Vaccination Hyderabad 1872-1889 - 1872-1889
Year: 1872
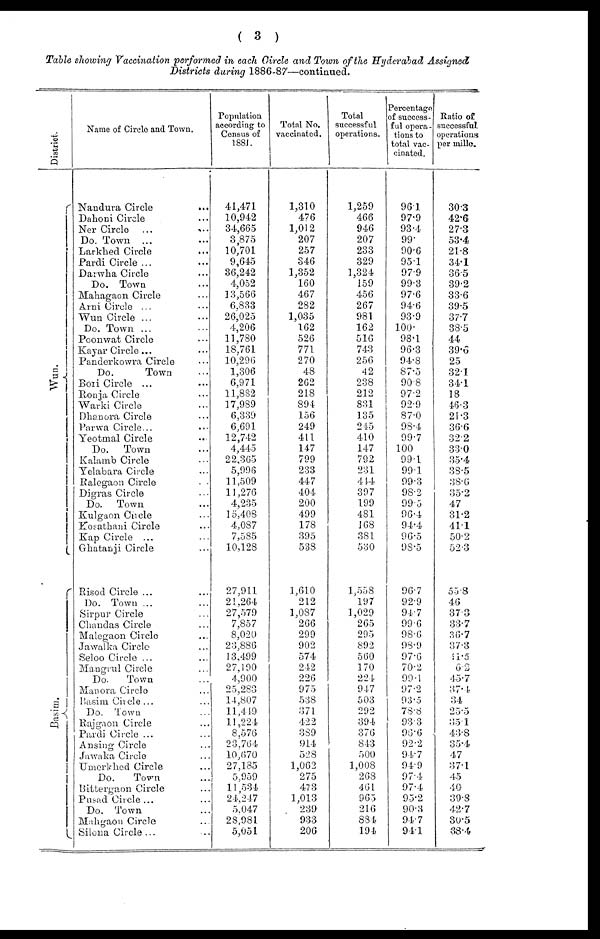
( 3 )
Table showing Vaccination performed in each Circle and Town of the Hyderabad Assigned
Districts during 1886-87—continued.
District.
Wun.
Basim.
Name of Circle and Town.
Nandura Circle
...
Dahoni Circle ...
Ner Circle
...
...
Do. Town ... ...
Larkhed Circle ...
Pardi Circle ... ...
Darwha Circle ...
Do. Town ...
Mahagaon Circle ...
Arni Circle ... ...
Wun Circle ... ...
Do. Town ... ...
Poonwat Circle ...
Kayar Circle... ...
Panderkowra Circle ...
Do.
Town ...
Bori Circle ... ...
Ronja Circle ...
Warki Circle ...
Dhanora Circle ...
Parwa Circle... ...
Yeotmal Circle ...
Do.
Town ...
Kalamb Circle ...
Yelabara Circle ...
Ralegaon Circle
...
Digras Circle ...
Do.
Town ...
Kulgaon Circle ...
Kosathani Circle ...
Kap Circle ... ...
Ghatanji Circle ...
Risod Circle ... ...
Do. Town ... ...
Sirpur Circle ...
Chandas Circle ...
Malegaon Circle ...
Jawalka Circle ...
Seloo Circle ... ...
Mangrul Circle ...
Do.
Town ...
Manora Circle ...
Basim Circle... ...
Do. Town ...
Rajgaon Circle ...
Pardi Circle ... ...
Ansing Circle ...
Jawaka Circle ...
Umerkhed Circle ...
Do.
Town ...
Bittergaon Circle ...
Pusad Circle ... ...
Do. Town ...
Mahgaon Circle ...
Silona Circle ... ...
Population
according to
Census of
1881.
41,471
10,942
34,665
3,875
10,701
9,645
36,242
4,052
13,566
6,833
26,025
4,206
11,780
18,761
10,296
1,306
6,971
11,882
17,989
6,339
6,691
12,742
4,445
22,365
5,996
11,509
11,276
4,235
15,408
4,087
7,585
10,128
27,911
21,264
27,579
7,857
8,020
23,886
13,499
27,190
4,900
25,283
14,807
11,449
11,224
8,576
23,764
10,670
27,185
5,959
11,534
24,247
5,047
28,981
5,051
Total No.
vaccinated.
1,310
476
1,012
207
257
346
1,352
160
467
282
1,035
162
526
771
270
48
262
218
894
156
249
411
147
799
233
447
404
200
499
178
395
538
1,610
212
1,087
266
299
902
574
242
226
975
538
371
422
389
914
528
1,062
275
473
1,013
239
933
206
Total
successful
operations.
1,259
466
946
207
233
329
1,324
159
456
267
981
162
516
743
256
42
238
212
831
135
245
410
147
792
231
414
397
199
481
168
381
530
1,558
197
1,029
265
295
892
560
170
224
947
503
292
394
376
843
500
1,008
268
461
965
216
884
194
Percentage
of success-
ful opera-
tions to
total vac-
cinated.
96.1
97.9
93.4
99.
90.6
95.1
97.9
99.3
97.6
94.6
93.9
100.
98.1
96.3
94.8
87.5
90.8
97.2
92.9
87.0
98.4
99.7
100
99.1
99.1
99.3
98.2
99.5
96.4
94.4
96.5
98.5
96.7
92.9
94.7
99.6
98.6
98.9
97.6
70.2
99.1
97.2
93.5
78.8
93.3
96.6
92.2
94.7
94.9
97.4
97.4
95.2
90.3
94.7
94.1
Ratio of
successful
operations
per mille.
30.3
42.6
27.3
53.4
21.8
34.1
36.5
39.2
33.6
39.5
37.7
38.5
44
39.6
25
32.1
34.1
18
46.3
21.3
36.6
32.2
33.0
35.4
38.5
38.6
35.2
47
31.2
41.1
50.2
52.3
55.8
46
37.3
33.7
36.7
37.3
11.5
6.2
45.7
37.4
34
25.5
35.1
43.8
35.4
47
37.1
45
40
39.3
42.7
30.5
38.4